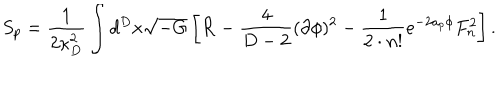
S _ { p } = { \frac { 1 } { 2 \kappa _ { D } ^ { 2 } } } \int d ^ { D } x \sqrt { - G } \left[ { \cal R } - { \frac { 4 } { D - 2 } } ( \partial \phi ) ^ { 2 } - { \frac { 1 } { 2 \cdot n ! } } e ^ { - 2 a _ { p } \phi } F _ { n } ^ { 2 } \right] .